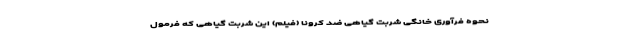
نحوه فرآوری خانگی شربت گیاهی ضد کرونا (فیلم) این شربت گیاهی که فرمول